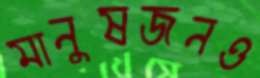
মানুষজনও